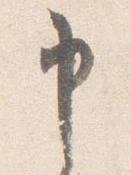
申